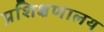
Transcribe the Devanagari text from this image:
प्रशिक्षणालय